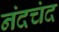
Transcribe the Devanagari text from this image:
नंदचंद